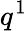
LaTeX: q^{1}